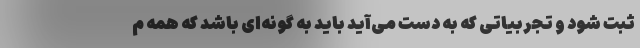
ثبت شود و تجربیاتی که به دست می‌آید باید به گونه‌ای باشد که همه م